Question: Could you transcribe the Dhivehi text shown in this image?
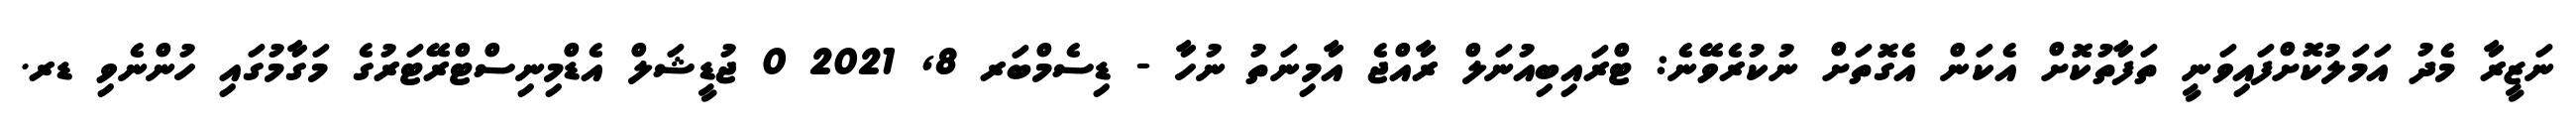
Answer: ނަޒީރާ މެދު އަމަލުކޮށްފައިވަނީ ތަފާތުކޮށް އެކަން އެގޮތަށް ނުކުރެވޭނެ: ޓްރައިބިއުނަލް ރާއްޖެ އާމިނަތު ނުހާ - ޑިސެމްބަރ 8, 2021 0 ޖުޑީޝަލް އެޑްމިނިސްޓްރޭޓަރުގެ މަގާމުގައި ހުންނެވި ޑރ.